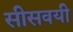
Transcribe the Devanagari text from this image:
सीसवयी